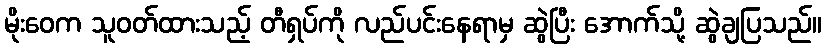
မိုးဝေက သူဝတ်ထားသည့် တီရှပ်ကို လည်ပင်းနေရာမှ ဆွဲပြီး အောက်သို့ ဆွဲချပြသည်။